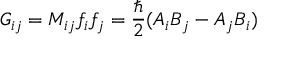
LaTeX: G _ { i j } = M _ { i j } f _ { i } f _ { j } = \frac { \hbar } { 2 } ( A _ { i } B _ { j } - A _ { j } B _ { i } )